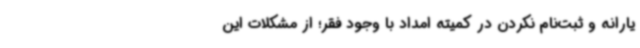
یارانه و ثبت‌نام نکردن در کمیته امداد با وجود فقر؛ از مشکلات این